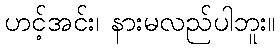
ဟင့်အင်း၊ နားမလည်ပါဘူး။